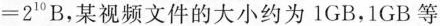
=2^{10}B，某视频文件的大小约为1GB，1GB等